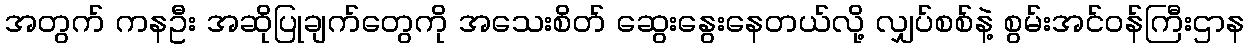
အတွက် ကနဦး အဆိုပြုချက်တွေကို အသေးစိတ် ဆွေးနွေးနေတယ်လို့ လျှပ်စစ်နဲ့ စွမ်းအင်ဝန်ကြီးဌာန